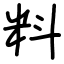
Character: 料